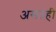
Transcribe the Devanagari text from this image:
असतंही